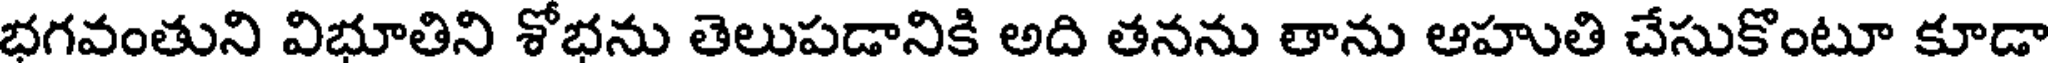
భగవంతుని విభూతిని శోభను తెలుపడానికి అది తనను తాను ఆహుతి చేసుకొంటూ కూడా